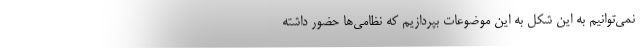
نمی‌توانیم به این شکل به این موضوعات بپردازیم که نظامی‌ها حضور داشته